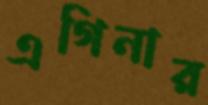
এগিনার